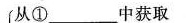
从①___中获取